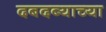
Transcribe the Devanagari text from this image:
दबदब्याच्या